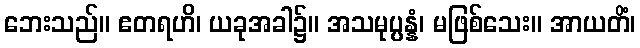
ဘေးသည်။ ဧတရဟိ၊ ယခုအခါ၌။ အသမုပ္ပန္နံ၊ မဖြစ်သေး။ အာယတိံ၊